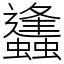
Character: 蠭